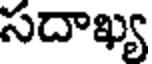
సదాఖ్య